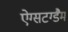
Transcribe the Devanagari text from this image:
ऐग्सटग्डैम